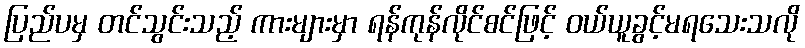
ပြည်ပမှ တင်သွင်းသည့် ကားများမှာ ရန်ကုန်လိုင်စင်ဖြင့် ဝယ်ယူခွင့်မရသေးသလို